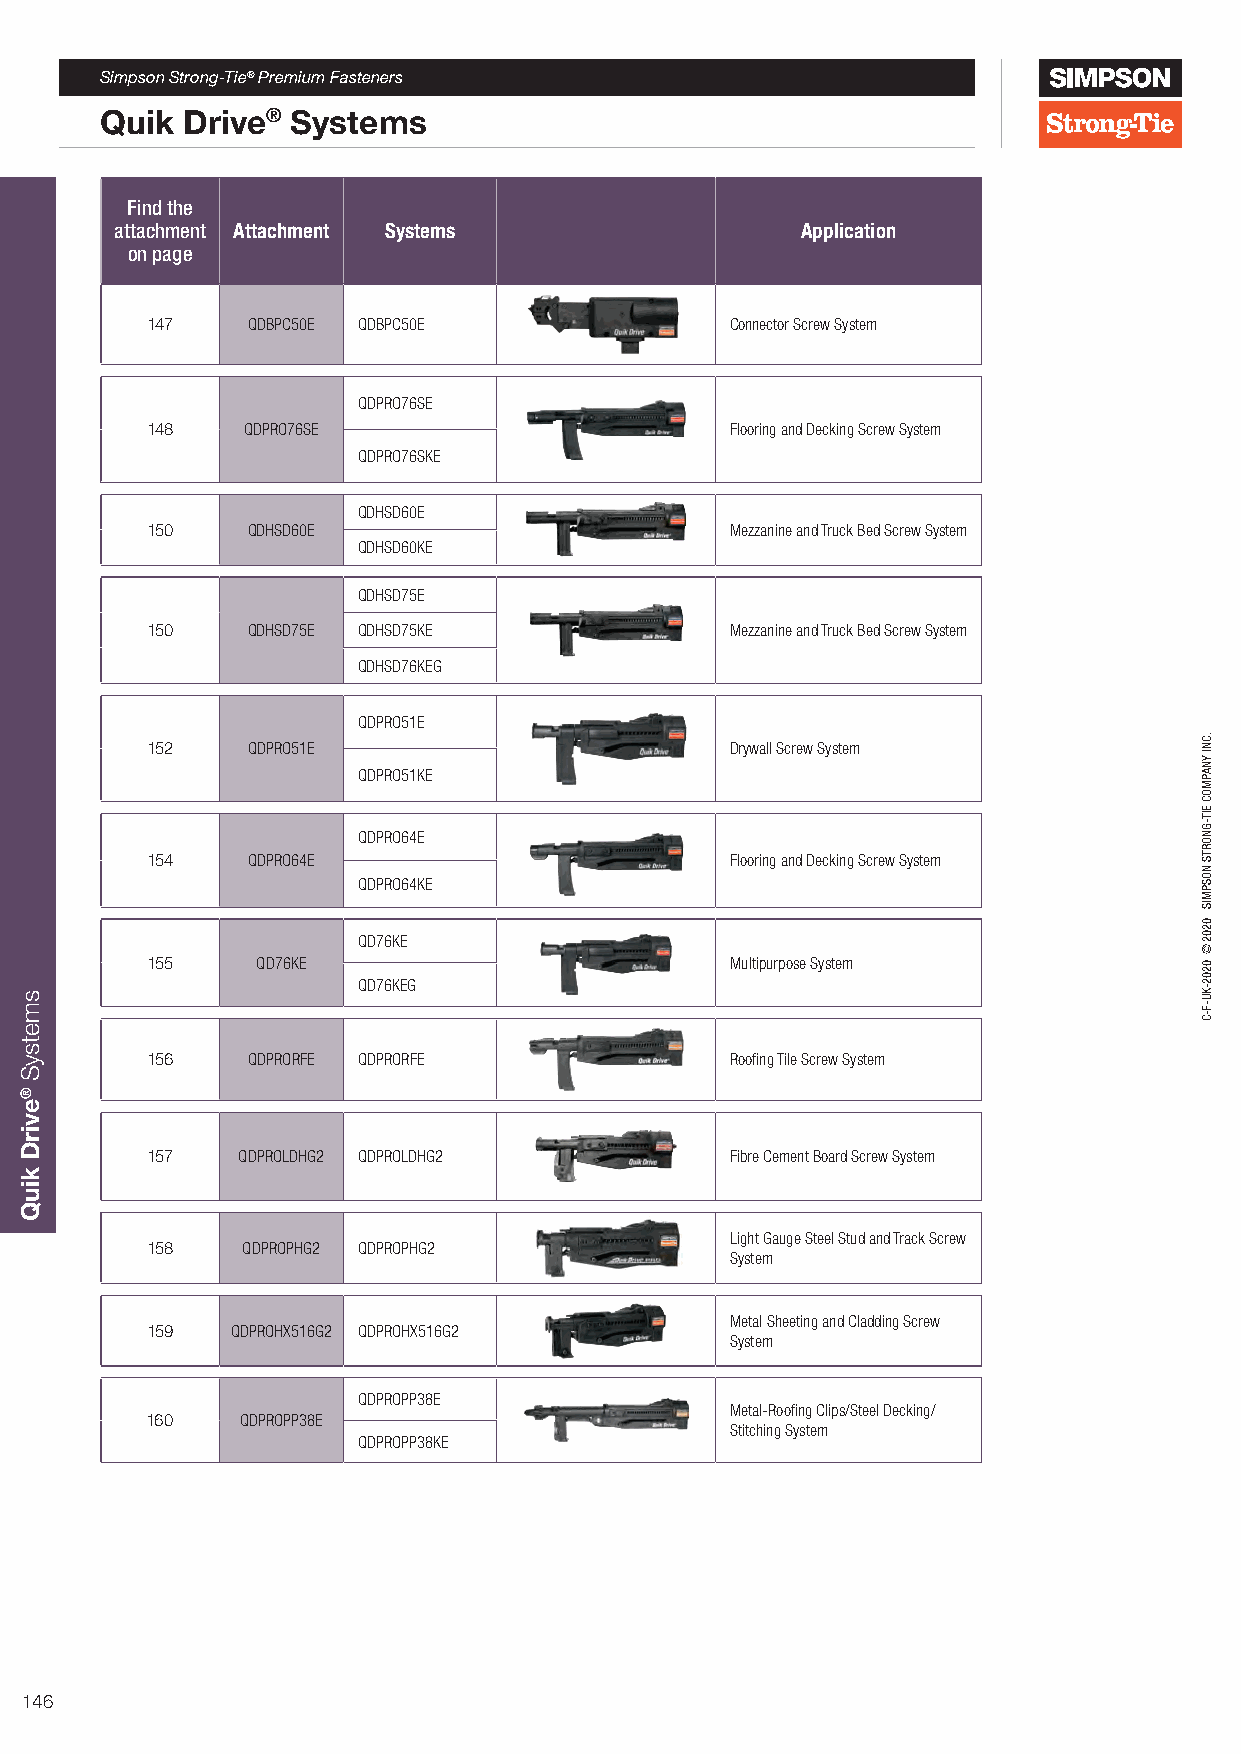
Simpson Strong-Tie® Premium Fasteners
 Quik Drive® Systems
 Find the
 attachment Attachment Systems                Application
 on page
 147   QDBPC50E QDBPC50E               Connector Screw System
 QDPRO76SE
 148   QDPRO76SE                       Flooring and Decking Screw System
 QDPRO76SKE
 QDHSD60E
 150   QDHSD60E                        Mezzanine and Truck Bed Screw System
 QDHSD60KE
 QDHSD75E
 150   QDHSD75E QDHSD75KE              Mezzanine and Truck Bed Screw System
 QDHSD76KEG
 QDPRO51E
 152   QDPRO51E                        Drywall Screw System
 QDPRO51KE
 QDPRO64E
 154   QDPRO64E                        Flooring and Decking Screw System
 QDPRO64KE
 QD76KE
 155    QD76KE                         Multipurpose System
 QD76KEG
 156   QDPRORFE QDPRORFE               Roofing Tile Screw System
 157   QDPROLDHG2 QDPROLDHG2           Fibre Cement Board Screw System
 Light Gauge Steel Stud and Track Screw
 158   QDPROPHG2 QDPROPHG2
 System
 Metal Sheeting and Cladding Screw
 159  QDPROHX516G2 QDPROHX516G2
 System
 QDPROPP38E
 Metal-Roofing Clips/Steel Decking/
 160   QDPROPP38E
 Stitching System
 QDPROPP38KE
 146
 smetsyS
 ®evirD
 kiuQ
 .CNI
 YNAPMOC
 EIT-GNORTS
 NOSPMIS
 0202©
 0202-KU-F-C